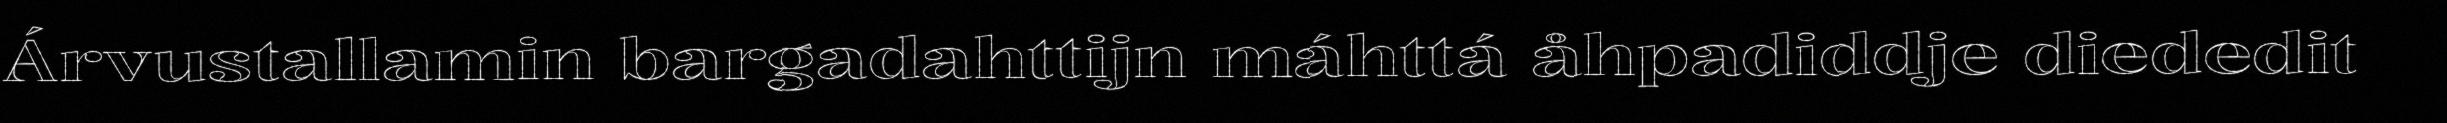
Árvustallamin bargadahttijn máhttá åhpadiddje diededit